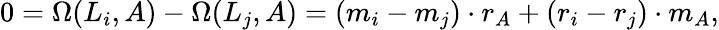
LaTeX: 0=\Omega(L_{i},A)-\Omega(L_{j},A)=(m_{i}-m_{j})\cdot r_{A}+(r_{i}-r_{j})\cdot m_{A},